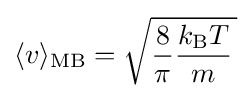
\langle v\rangle _{\text{MB}}={\sqrt {{\frac {8}{\pi }}{\frac {k_{\text{B}}T}{m}}\,}}